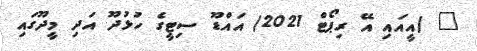
_ (އީއައި އޭ ރިޕޯޓް 2021) އައްޑޫ ސިޓީގެ ހުޅުދޫ އަދި މީދޫގައި